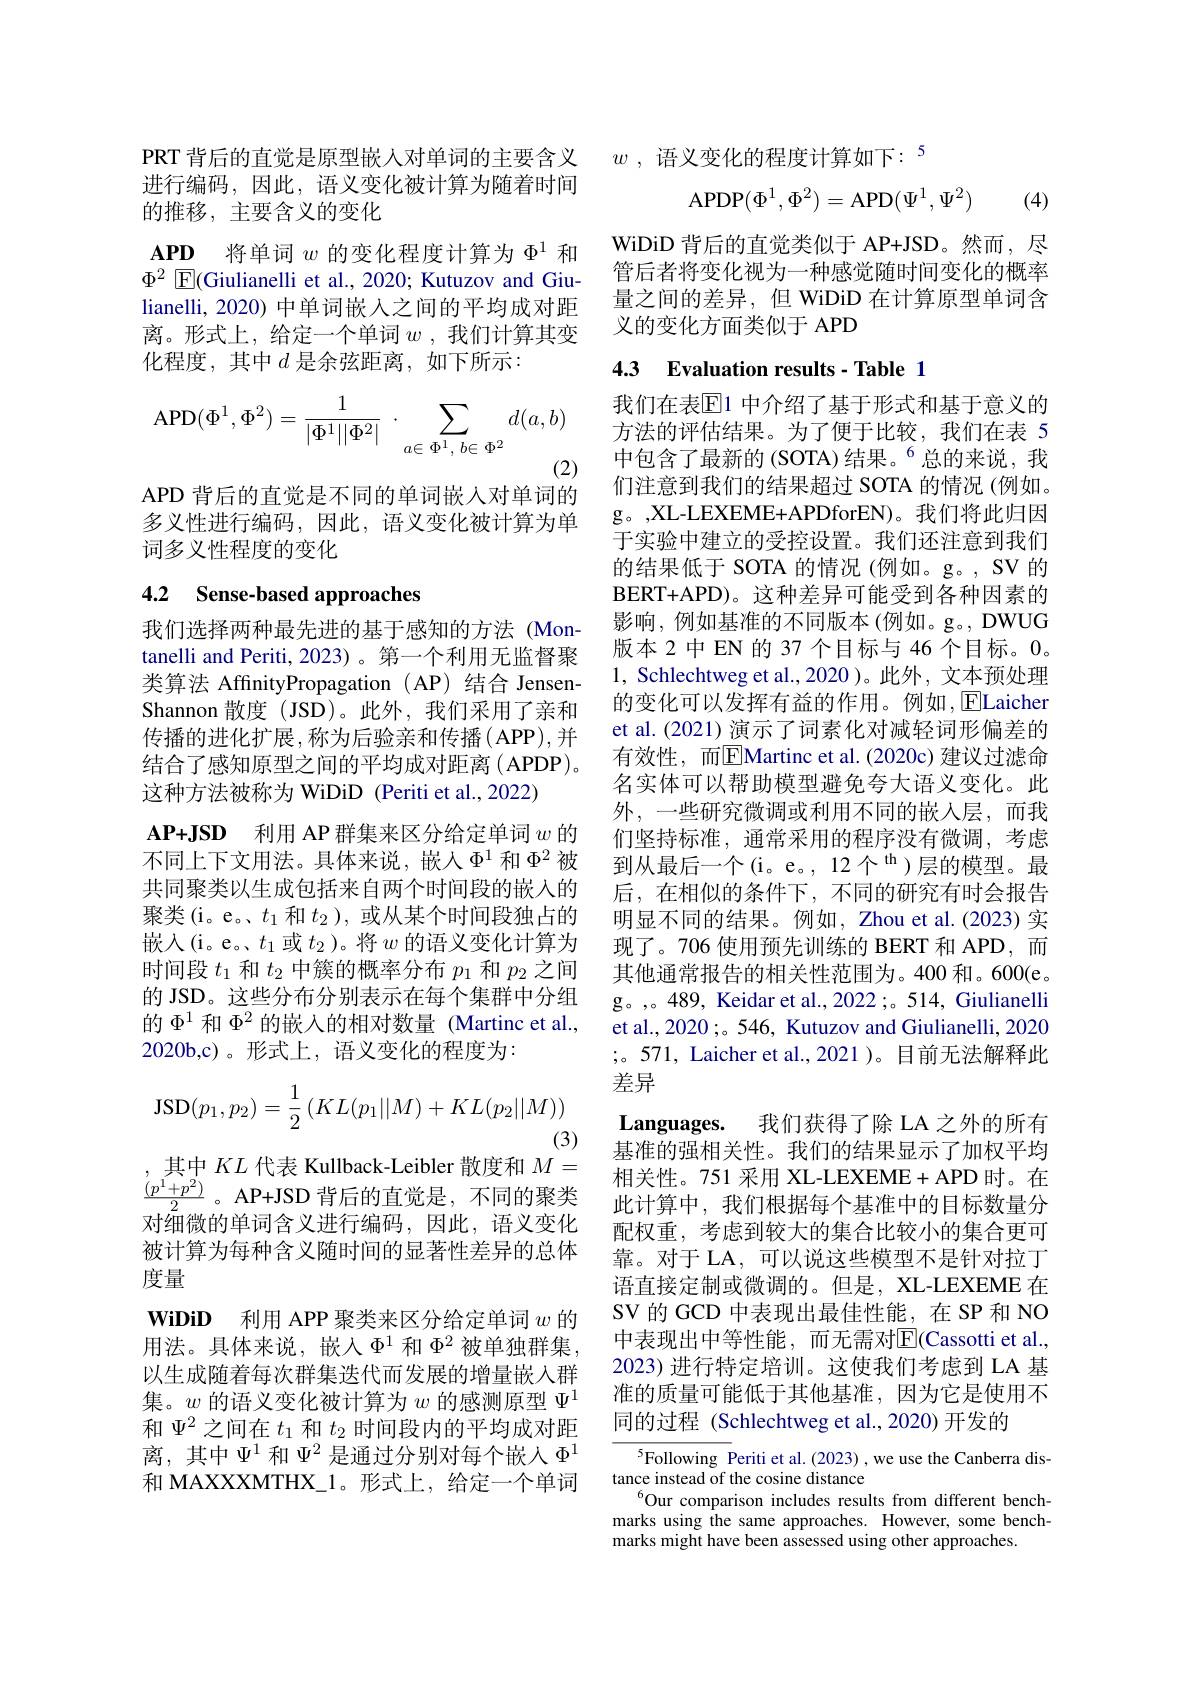
进行编码，因此，语义变化被计算为随着时间
的推移，主要含义的变化

$\mathbf{APD}$ 将单词$w$的变化程度计算为$\Phi^1$和$\Phi^2$ E(Giulianelli et al., 2020; Kutuzov and Giu-

lianelli, 2020) 中单词嵌人之间的平均成对距离。形式上，给定一个单词$w$ , 我们计算其变化程度，其中$d$ 是余弦距离，如下所示：
$$\mathrm{APD}(\Phi^1,\Phi^2)=\frac{1}{|\Phi^1||\Phi^2|}\:\cdot\:\sum_{a\in\:\Phi^1,\:b\in\:\Phi^2}d(a,b)$$
(2)

APD 背后的直觉是不同的单词嵌入对单词的多义性进行编码，因此，语义变化被计算为单词多义性程度的变化

## 4.2 Sense-based approaches

我们选择两种最先进的基于感知的方法(Montanelli and Periti, 2023) 。第一个利用无监督聚类算法 AffnityPropagation ( AP) 结合 JensenShannon 散度 (JSD)。此外，我们采用了亲和传播的进化扩展，称为后验亲和传播(A$PP) $,并结合了感知原型之间的平均成对距离(APDP)。这种方法被称为 WiDiD (Periti et al., 2022)
$\mathbf{AP+ JSD}$ 利用 AP 群集来区分给定单词 $w$ 的不同上下文用法。具体来说，嵌入$\Phi^1$ 和$\Phi^2$被共同聚类以生成包括来自两个时间段的嵌入的聚类(i。e。、$t_1$和$t_2$ ),或从某个时间段独占的嵌入(i。e。$t_1$ 或$t_2$)。将$w$ 的语义变化计算为时间段$t_1$和$t_2$中簇的概率分布$p_1$和$p_2$之间的 JSD。这些分布分别表示在每个集群中分组的$\Phi^{1}$和$\Phi^2$的嵌入的相对数量 (Martinc et al., 2020b,c)。形式上，语义变化的程度为：
$$\mathrm{JSD}(p_1,p_2)=\frac{1}{2}\left(KL(p_1||M)+KL(p_2||M)\right)$$
(3)
其中$KL$代表 Kullback-Leibler 散度和$M=$ $\frac{(p^1+p^2)}2$。AP+JSD 背后的直觉是，不同的聚类对细微的单词含义进行编码，因此，语义变化被计算为每种含义随时间的显著性差异的总体度量
WiDiD 利用 APP 聚类来区分给定单词$w$的用法。具体来说，嵌入$\Phi^1$ 和$\Phi^2$ 被单独群集 , 以生成随着每次群集迭代而发展的增量嵌入群集。$w$的语义变化被计算为$w$的感测原型$\Psi^1$ 和$\Psi^{2}$之间在$t_1$和$t_2$时间段内的平均成对距离，其中$\Psi^{1}$和$\Psi^2$是通过分别对每个嵌人$\Phi^{1}$ 和 MAXXXMTHX\_1。形式上，给定一个单词

PRT 背后的直觉是原型嵌入对单词的主要含义$w$,语义变化的程度计算如下：5
$$\mathrm A\mathrm P\mathrm D\mathrm P(\Phi^1,\Phi^2)=\mathrm A\mathrm P\mathrm D(\Psi^1,\Psi^2)$$
(4)

WiDiD 背后的直觉类似于 AP+JSD。然而，尽管后者将变化视为一种感觉随时间变化的概率量之间的差异，但 WiDiD 在计算原型单词含义的变化方面类似于 APD

## 4.3 Evaluation results- Table 1

我们在表$\mathbb{E}$1 中介绍了基于形式和基于意义的方法的评估结果。为了便于比较，我们在表 5中包含了最新的 (SOTA) 结果。$^{6}$总的来说，我们注意到我们的结果超过 SOTA 的情况 (例如。g。,XL-LEXEME+APDforEN)。我们将此归因于实验中建立的受控设置。我们还注意到我们的结果低于 SOTA 的情况(例如。g。, SV 的BERT+ APD) 。这 种 差 异 可 能 受 到 各 种 因 素 的 影响，例如基准的不同版本(例如。g。,DWUG 版本 2 中 EN 的 37 个目标与 46 个目标。0。1, Schlechtweg et al.,2020 )。此外，文本预处理的变化可以发挥有益的作用。例如，$\boxed{\mathrm{E}}$Laicher et al. (2021) 演示了词素化对减轻词形偏差的有效性，而$\overline{\mathrm{E}}$Martinc et al.(2020c) 建议过滤命名实体可以帮助模型避免夸大语义变化。此外，一些研究微调或利用不同的嵌入层，而我们坚持标准，通常采用的程序没有微调，考虑到从最后一个(i。e。,12个$^{\mathrm{th}}$)层的模型。最后，在相似的条件下，不同的研究有时会报告明显不同的结果。例如，Zhou et al.(2023) 实现了。706 使用预先训练的 BERT 和 APD, 而其他通常报告的相关性范围为。400 和。600(e。g。,。489, Keidar et al., 2022 ;。514, Giulianelli et al., 2020 ;。546, Kutuzov and Giulianelli, 2020 ;。571, Laicher et al., 2021 )。目前无法解释此差异
Languages. 我们获得了除 LA 之外的所有基准的强相关性。我们的结果显示了加权平均相关性。751 采用 XL-LEXEME+ APD 时。在此计算中，我们根据每个基准中的目标数量分配权重，考虑到较大的集合比较小的集合更可靠。对于 LA, 可以说这些模型不是针对拉丁语直接定制或微调的。但是，XL-LEXEME 在SV 的 GCD 中表现出最佳性能，在 SP 和 NO 中表现出中等性能，而无需对$\overline{\mathbb{E}}(\mathbb{C}$assotti et al., 2023) 进行特定培训。这使我们考虑到 LA 基准的质量可能低于其他基准，因为它是使用不同的过程 (Schlechtweg et al., 2020) 开发的
$^{5}$Following Periti et al.(2023),we use the Canberra dis-
tance instead of the cosine distance

$^{6}$Our comparison includes results from different benchmarks using the same approaches. However, some benchmarks might have been assessed using other approaches.